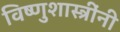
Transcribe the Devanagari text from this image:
विष्णुशास्त्रींनी